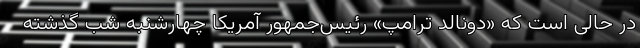
در حالی است که «دونالد ترامپ» رئیس‌جمهور آمریکا چهارشنبه شب گذشته